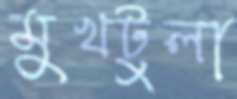
মুখটুলা